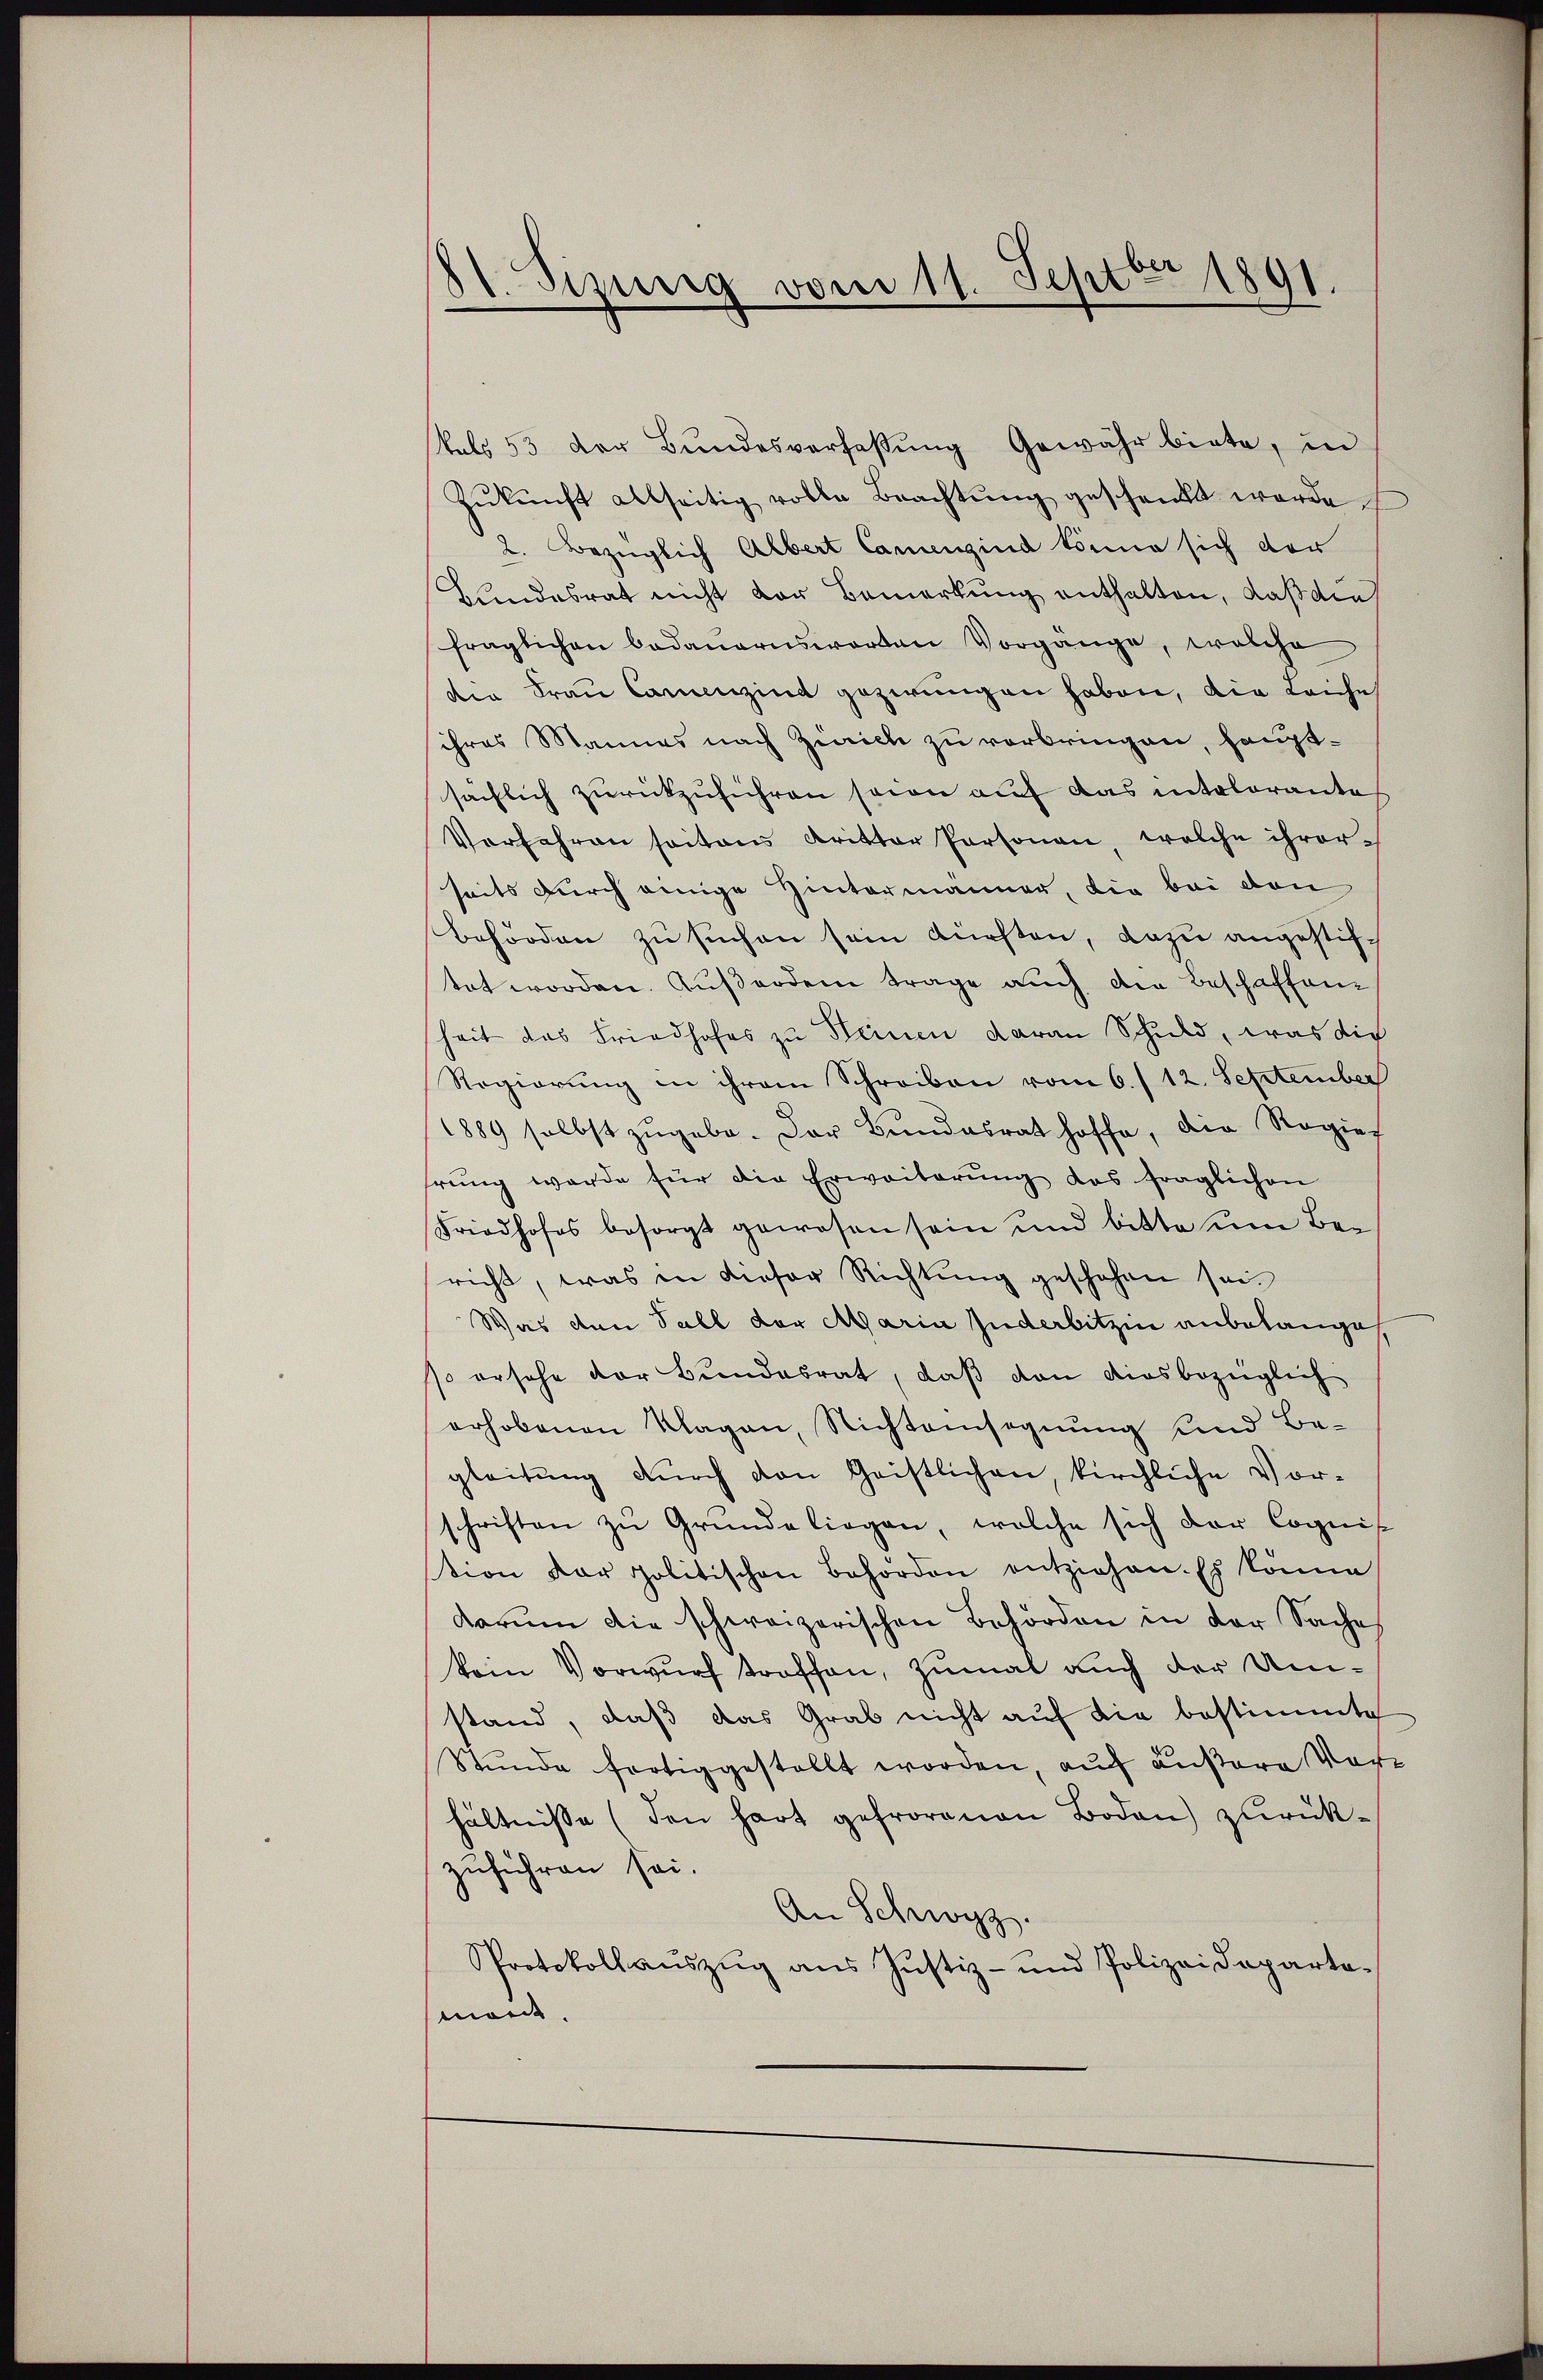
81. Sizung vom 11. Septer 1891

kels 53 der Bundesverfaßung Gewähr biete, in
Zŭkŭnft allseitig volle Beachtŭng geschenkt werde
2. Bezüglich Albert Cancenzind könne sich der
Kundesrat nicht der Bemerkung enthalten, daß die
fraglichen Bedauernsworten Vorgänge, welche
die Frau Camenzind gezwungen haben, die Leiche
ihres Mannes nach Zürich zu vorbringen, hauptsächlich zurückzuführen seien auf das intolorante
Vorfahren soitans Kritter Personen, welche ihrerseits durch einige Hintermänner, die bei den
Behörden zu suchen sein dürften, dazu angestiftet worden. Außerdem trage auch die Beschaffenheit das Friedhofes zu Heinen daran Schuld, was die
Regierung in ihrem Schreiben vom 6./12. September
1889 selbst zŭgebe. Der Bŭndesrat hoffe, die Regier
hrŭng werde für die Erweiterŭng das fraglichen
Friedhofes besorgt gewesen sein und bitte ŭm Bericht, was in dieser Richtung geschehen sei.
Was den Fall der Maria Juderbitzin anbelange
so ersehe der Bundesrat, daß von diesbezüglich
erhobenen Klagen, Nichteinsegnung und Be-
gleitung durch den Geistlichen, kirchliche Vorschriften zŭ Gründe liegen, welche sich der Cognit
tion der politischen Behörden entziehen. Es könne
darŭm die schweizerischen Behörden in der Sache
kein Vorwurf troffen, zumal auch der Umstand, daß das Grab nicht auf die bestimmte
Stunde fortig gestellt worden, auch äußere Vorhältnisse (den hart gefrorenen Boden) zurückzuführen sei.
An Schwyz.
Protokollauszug aus Justiz- und Polizeidepartemont.